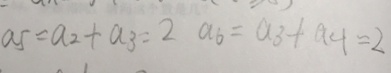
a 5 = a _ { 2 } + a _ { 3 } = 2 a _ { 6 } = a _ { 3 } + a _ { 4 } = 2